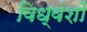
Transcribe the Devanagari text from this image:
विध्वंशों